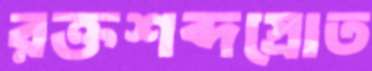
রক্তশব্দস্রোত